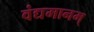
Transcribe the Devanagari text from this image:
वंद्यमानम्